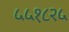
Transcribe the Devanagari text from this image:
५५१८२५